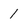
Character: 1